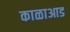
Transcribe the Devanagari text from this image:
काळाआड